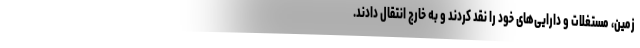
زمین، مستغلات و دارایی‌های خود را نقد کردند و به خارج انتقال دادند.